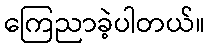
ကြေညာခဲ့ပါတယ်။